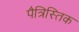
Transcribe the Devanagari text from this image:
पैत्रिस्तिक